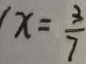
x = \frac { 3 } { 7 }